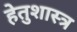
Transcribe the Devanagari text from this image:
हेतुशास्त्र